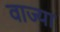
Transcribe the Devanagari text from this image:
वाज्या